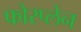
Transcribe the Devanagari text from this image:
फोरप्लेन